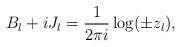
LaTeX: \begin{align*}B_l + iJ_l = \frac1{2\pi i}\log(\pm z_l), \end{align*}